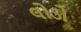
લોડો